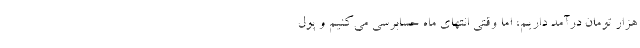
هزار تومان درآمد داریم، اما وقتی انتهای ماه حسابرسی می‌کنیم و پول